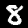
Label: 8